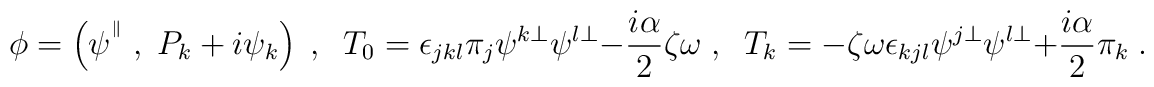
{\phi} = \left(\psi^{{}^\parallel}\;,\;P_k+i\psi_k\right)\;,\;\;T_0 = \epsilon_{jkl}\pi_j\psi^{k\perp}\psi^{l\perp}-\frac{i\alpha}{2}\zeta\omega\;,\;\;T_k = -\zeta\omega\epsilon_{kjl}\psi^{j \perp}\psi^{l \perp}+\frac{i\alpha}{2}\pi_k\;.